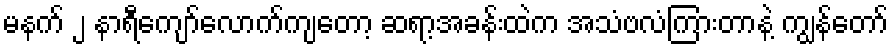
မနက် ၂ နာရီကျော်လောက်ကျတော့ ဆရာ့အခန်းထဲက အသံဗလံကြားတာနဲ့ ကျွန်တော်